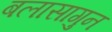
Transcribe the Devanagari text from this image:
बलासागुन